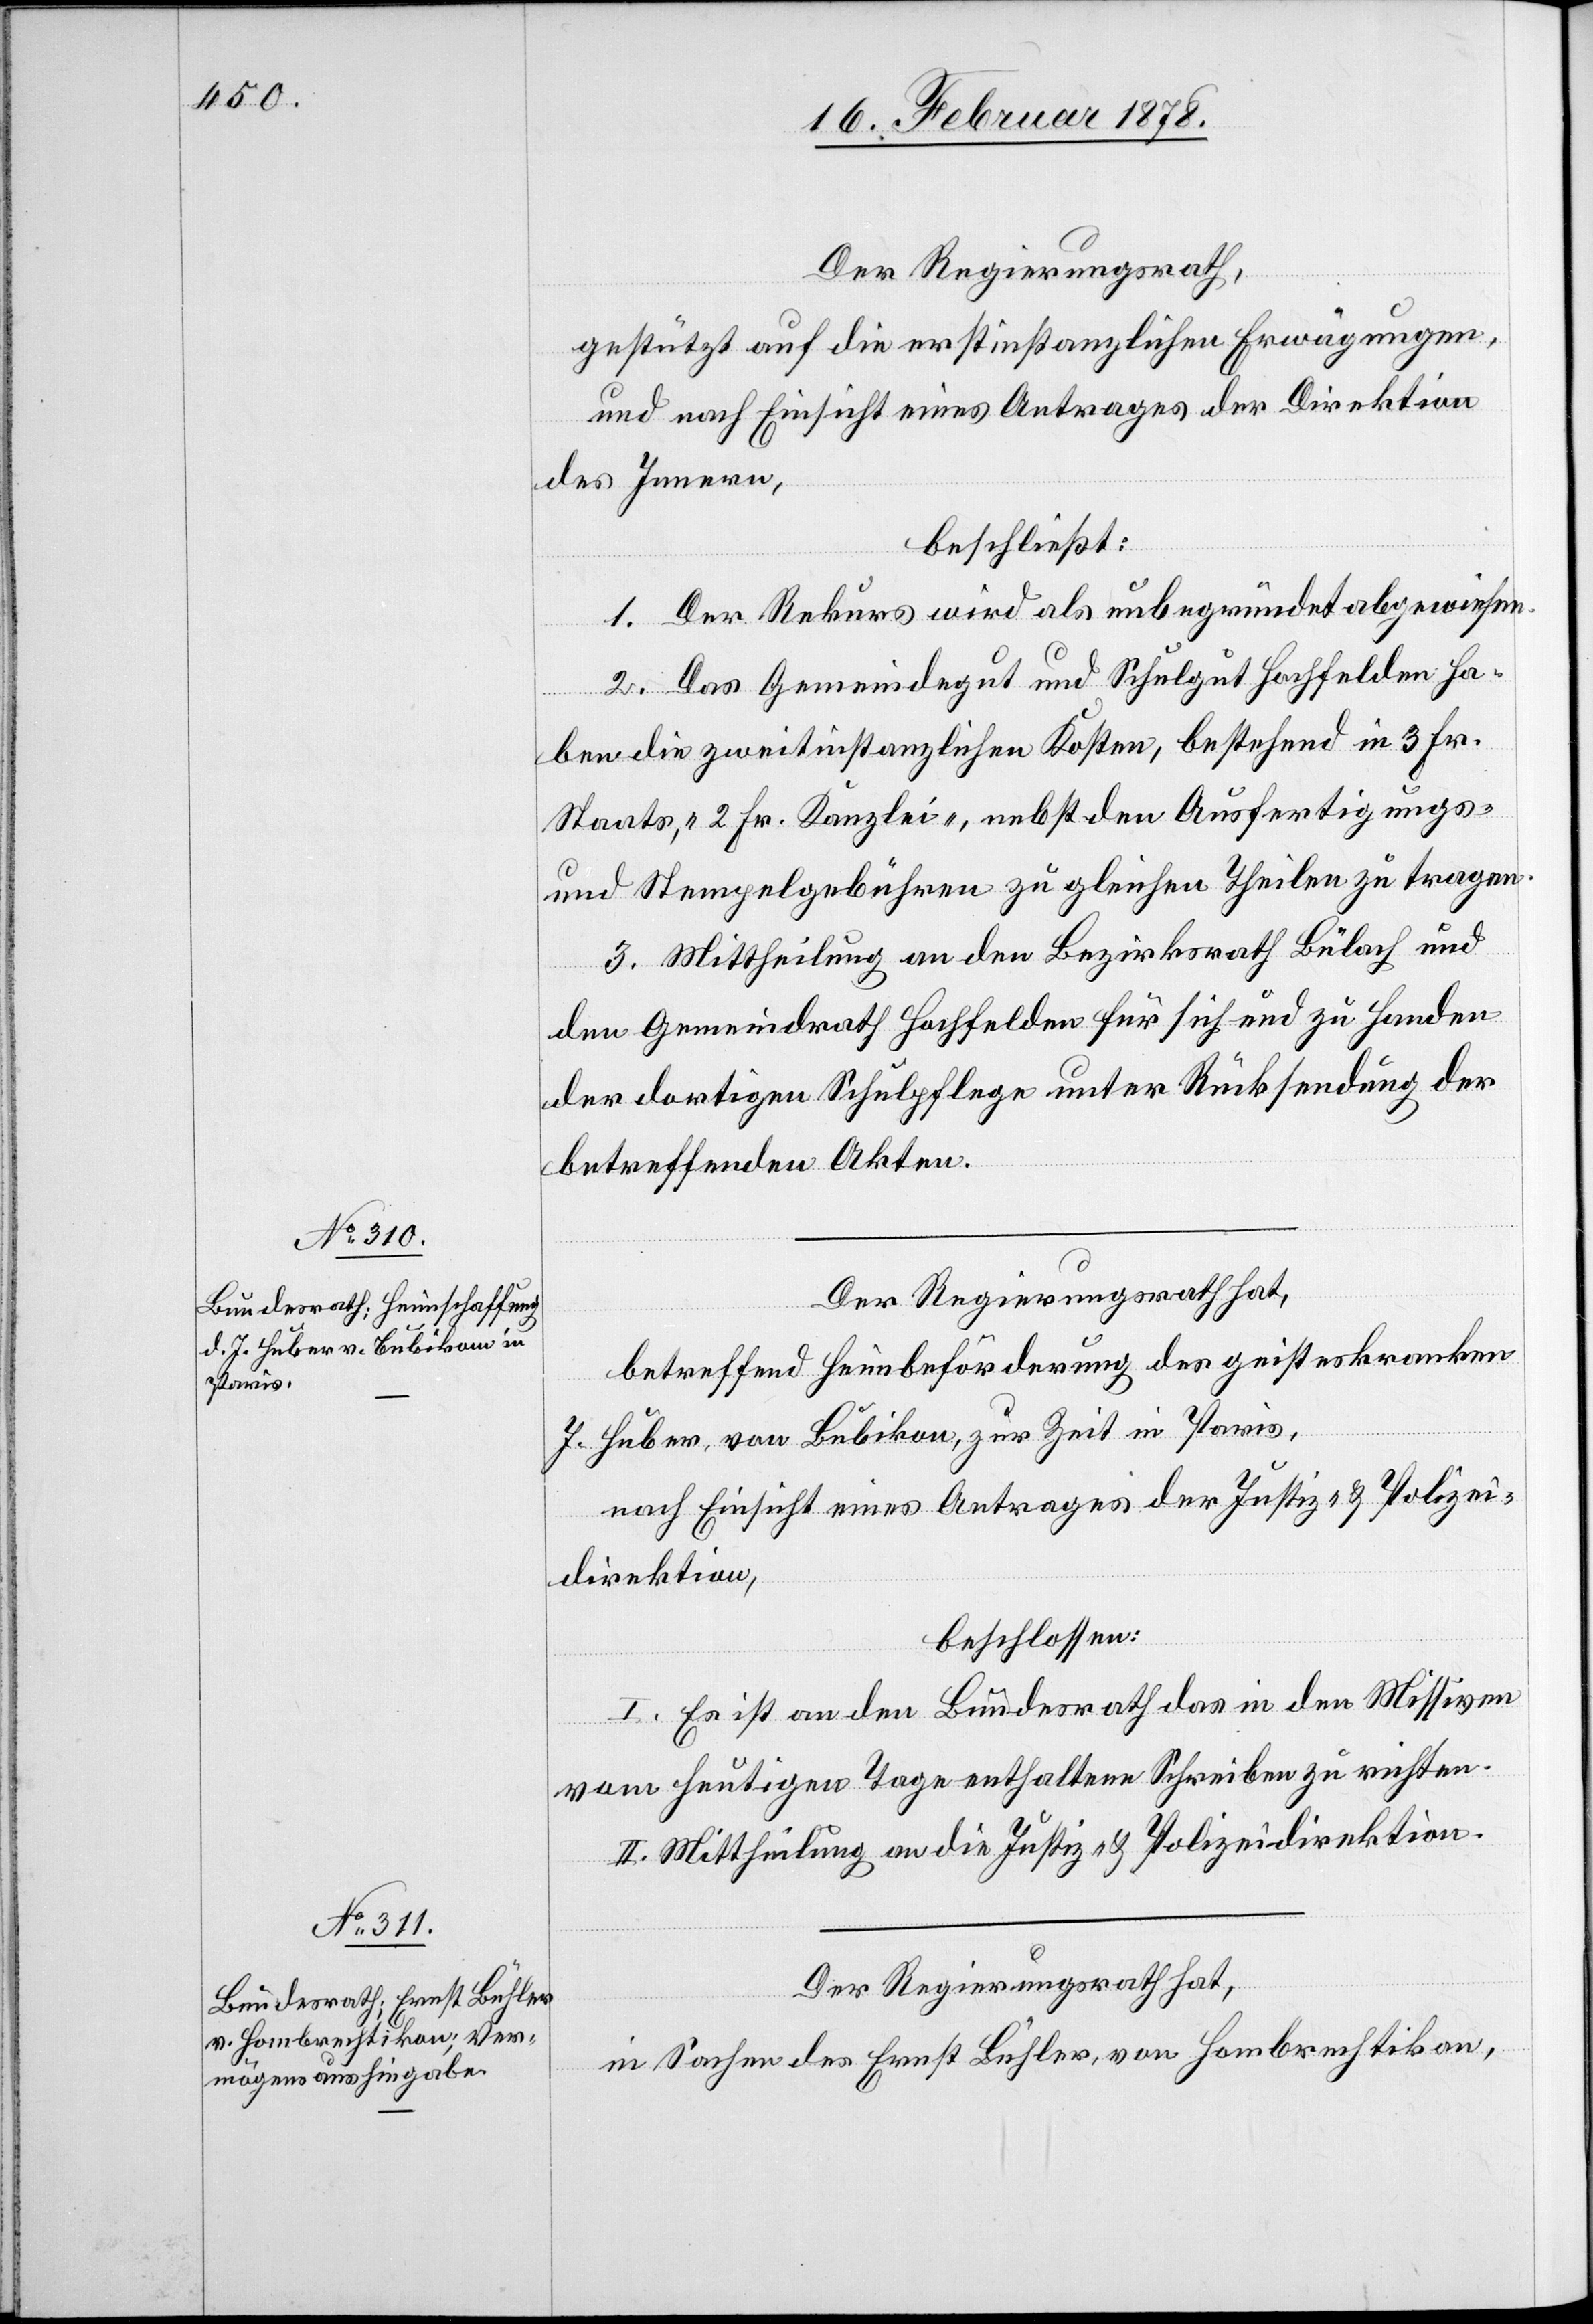
Der Regierungsrath,
gestützt auf die erstinstanzlichen Erwägungen,
und nach Einsicht eines Antrages der Direktion
des Innern,
beschließt:
1. Der Rekurs wird als unbegründet abgewiesen.
2. Das Gemeindegut und Schulgut Hochfelden ha¬
ben die zweitinstanzlichen Kosten, bestehend in 3 Fr.
Staats-, 2 Fr. Kanzlei-, nebst den Ausfertigungs-
und Stempelgebühren zu gleichen Theilen zu tragen.
3. Mittheilung an den Bezirksrath Bülach und
den Gemeindrath Hochfelden für sich und zu Handen
der dortigen Schulpflege unter Rücksendung der
betreffenden Akten.
Der Regierungsrath hat,
betreffend Heimbeförderung des geisteskranken
J. Huber, von Bubikon, zur Zeit in Paris,
nach Einsicht eines Antrages der Justiz- & Polizei¬
direktion,
beschlossen:
I. Es ist an den Bundesrath das in den Missiven
vom heutigen Tage enthaltene Schreiben zu richten.
II. Mittheilung an die Justiz- & Polizeidirektion.
Der Regierungsrath hat,
in Sachen des Ernst Bühler von Hombrechtikon,